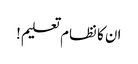
ان کا نظام تعلیم!